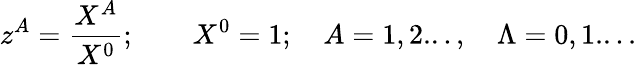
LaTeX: z^{A}={\frac{X^{A}}{X^{0}}};\qquad X^{0}=1;\quad A=1,2...,\quad\Lambda=0,1....